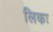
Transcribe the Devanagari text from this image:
लिकः